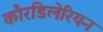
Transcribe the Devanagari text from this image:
कौरडिलेरियन